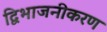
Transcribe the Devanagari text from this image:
द्विभाजनीकरण